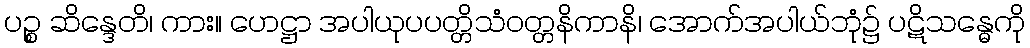
ပဉ္စ ဆိန္ဒေတိ၊ ကား။ ဟေဋ္ဌာ အပါယုပပတ္တိသံဝတ္တနိကာနိ၊ အောက်အပါယ်ဘုံ၌ ပဋိသန္ဓေကို